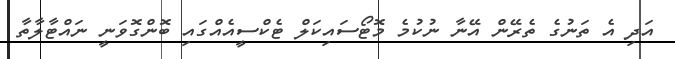
އަދި އެ ތަނުގެ ތެރޭން އޭނާ ނުކުމެ މޮޓޯސައިކަލް ޓެކްސީއެއްގައި ބޮންގޮވަނީ ނައްޓާލާތާ